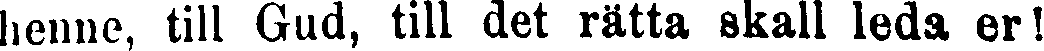
henne, till Gud, till det rätta skall leda er!